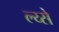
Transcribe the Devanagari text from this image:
ल्य्से